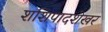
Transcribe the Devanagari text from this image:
शशिपादशेखर